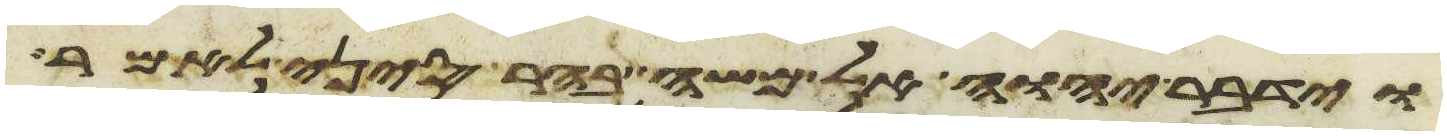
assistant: וידבר יהוה אל משה בהר סיני לאמר